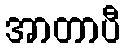
အာတာပီ